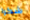
شكرا